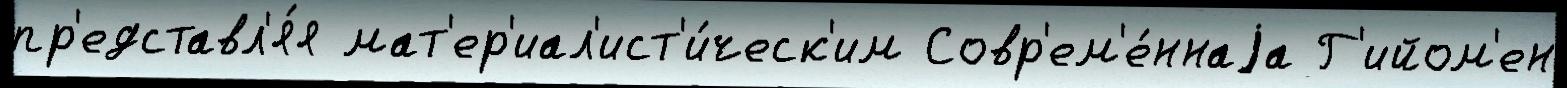
пр'едставл'я́я мат'ер'иал'ист'и́ческ'им Совр'ем'е́ннаjа Г'ийом'ен